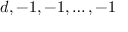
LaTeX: d , - 1 , - 1 , \dots , - 1